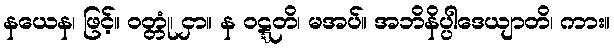
နယေန၊ ဖြင့်။ ဝတ္တုံ၊ ငှာ။ န ဝဋ္ဋတိ၊ မအပ်။ အဘိနိပ္ပါဒေယျာတိ၊ ကား။